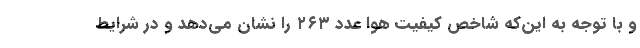
و با توجه به این‌که شاخص کیفیت هوا عدد ۲۶۳ را نشان می‌دهد و در شرایط